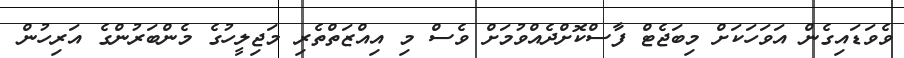
ވެވަޑައިގެން އަވަހަކަށް މިބަޖެޓް ފާސްކޮށްދެއްވުމަށް ވެސް މި އިއްޒަތްތެރި މަޖިލީހުގެ މެންބަރުންގެ އަރިހުން